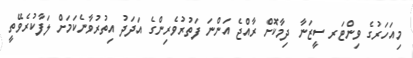
މިއަހަރުގެ ވިންޓަރ ސީޒަނާ ދިމާކޮށް ރާއްޖެ އަންނަ ފަތުރުވެރިންގެ އަދަދު އިތުރުވާނެކަމަށް ލަފާކުރެވޭތީ